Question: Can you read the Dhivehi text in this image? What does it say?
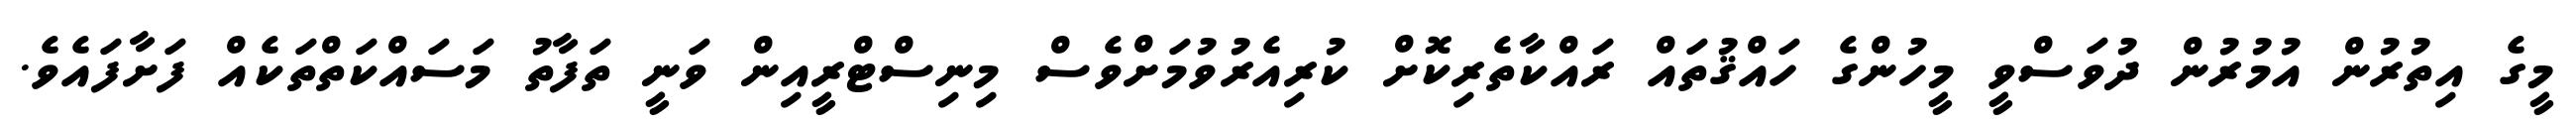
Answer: މީގެ އިތުރުން އުމުރުން ދުވަސްވީ މީހުންގެ ހައްޤުތައް ރައްކާތެރިކޮށް ކުރިއެރުވުމަށްވެސް މިނިސްޓްރީއިން ވަނީ ތަފާތު މަސައްކަތްތަކެއް ފަށާފައެވެ.